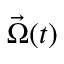
{ \vec { \Omega } } ( t )